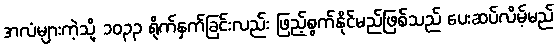
အလံများကဲ့သို့ ၁၀၃၃ ရိုက်နှက်ခြင်းလည်း ဖြည့်စွက်နိုင်မည်ဖြစ်သည် ပေးဆပ်လိမ့်မည်